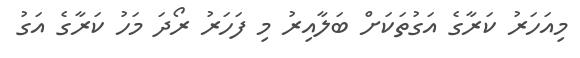
މިއަހަރު ކަރާގެ އަގުތަކަށް ބަލާއިރު މި ފަހަރު ރޯދަ މަހު ކަރާގެ އަގު